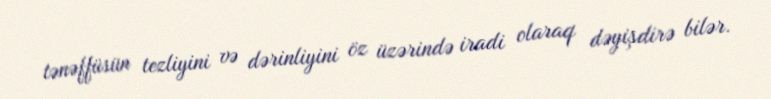
tənəffüsün tezliyini və dərinliyini öz üzərində iradi olaraq dəyişdirə bilər.